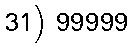
31) 99999